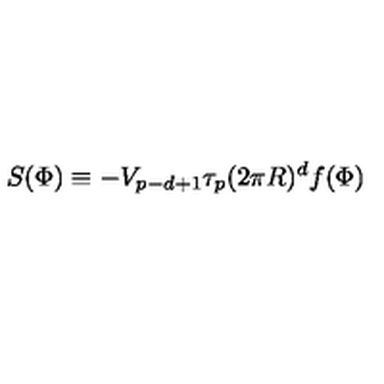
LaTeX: S ( \Phi ) \equiv - V _ { p - d + 1 } \tau _ { p } ( 2 \pi R ) ^ { d } f ( \Phi )